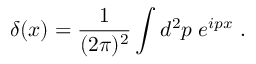
\delta ( x ) = \frac { 1 } { ( 2 \pi ) ^ { 2 } } \int d ^ { 2 } p \; e ^ { i p x } \; .